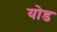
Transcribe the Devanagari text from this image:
योड